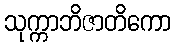
သုက္ကာဘိဇာတိကော